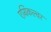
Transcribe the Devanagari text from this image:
एग्रिकल्चर